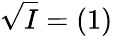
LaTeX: {\sqrt{I}}=(1)